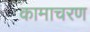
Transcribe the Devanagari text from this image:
कामाचरण